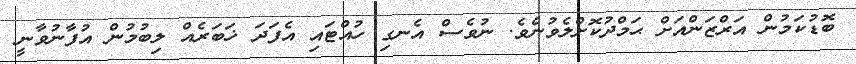
ބޮޑުކަމުން އަރްޒަންއަށް ޙަމްދުކޮށްލެވުނެވެ. ނުވެސް އެނގި ހުއްޓައި އެފަދަ ޚަބަރެއް ލިބުމުން އުފާނުވާނީ